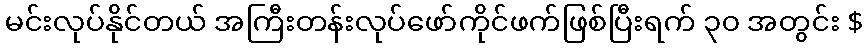
မင်းလုပ်နိုင်တယ် အကြီးတန်းလုပ်ဖော်ကိုင်ဖက်ဖြစ်ပြီးရက် ၃၀ အတွင်း $